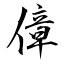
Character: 傽